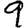
Digit: 9